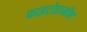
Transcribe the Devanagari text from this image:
फाइटोहार्मोन